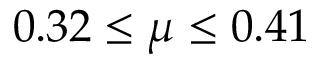
0 . 3 2 \leq \mu \leq 0 . 4 1